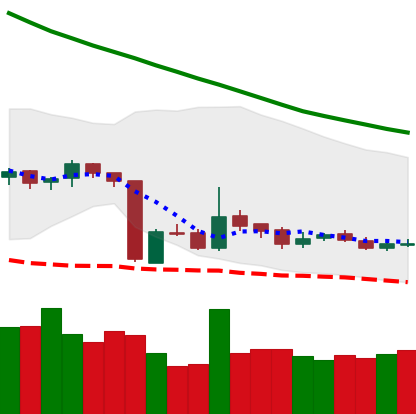
Ticker: LTC-USD
Chart end date: 2018-10-24
Forward return: -6.557%
Label: down_5_7